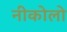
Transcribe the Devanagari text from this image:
नीकोलो